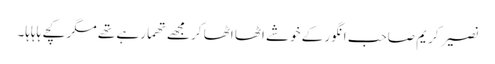
نصیر کریم صاحب انگور کے خوشے اٹھا اٹھا کر مجھے تھما رہے تھے مگر کچے ہاہاہا۔